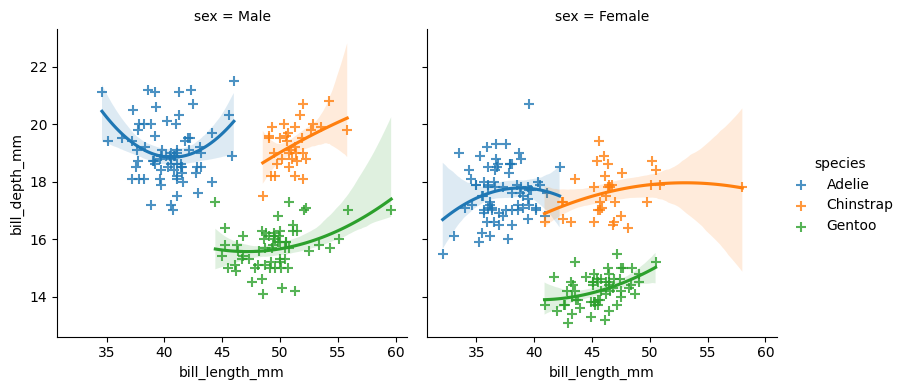
python, seaborn, lmplot, aspect=1.0, order=2, markers='+'